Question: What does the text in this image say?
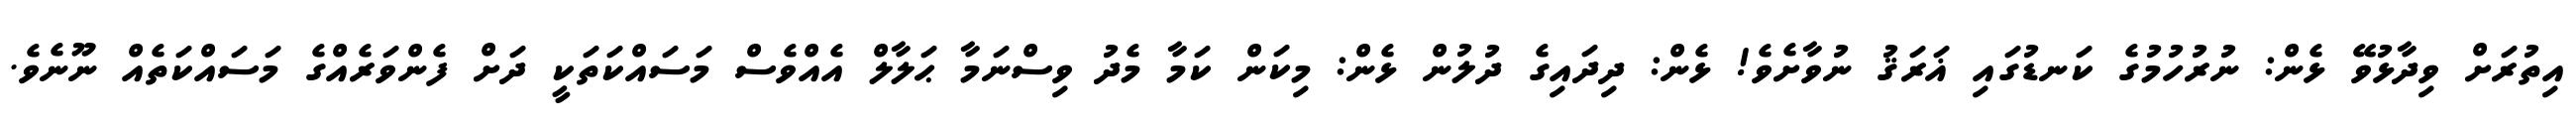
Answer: އިތުރަށް ވިދާޅުވޭ ޅެން: ނުރުހުމުގެ ކަނޑުގައި ޣަރަޤު ނުވާށެވެ! ޅެން: ދިދައިގެ ދުލުން ޅެން: މިކަން ކަމާ މެދު ވިސްނަމާ ޙަލާލް އެއްވެސް މަސައްކަތަކީ ދަށް ފެންވަރެއްގެ މަސައްކަތެއް ނޫނެވެ.